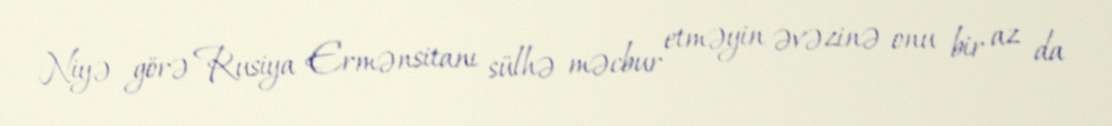
Niyə görə Rusiya Ermənsitanı sülhə məcbur etməyin əvəzinə onu bir az da